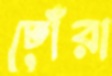
ঢোঁঁরা